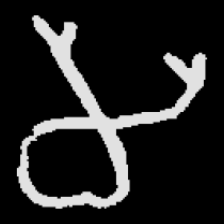
Pyu character \u2014 Myanmar letter: မ (romanized: ma)